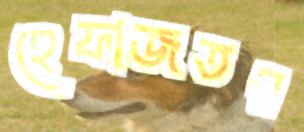
হেফাজতর